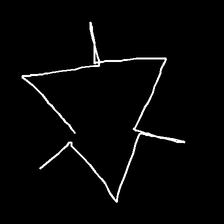
Glyph: fire